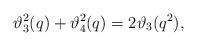
LaTeX: \begin{align*}\vartheta_3^2(q)+\vartheta_4^2(q) =2\vartheta_3(q^2),\end{align*}